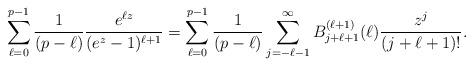
LaTeX: \begin{align*} \sum_{\ell=0}^{p-1} \frac{1}{(p-\ell)} \frac{e^{\ell z}}{(e^{z}-1)^{\ell+1}} = \sum_{\ell=0}^{p-1} \frac{1}{(p-\ell)} \sum_{j=-\ell - 1}^{\infty} B_{j+\ell+1}^{(\ell+1)}(\ell) \frac{z^{j}}{(j+\ell+1)!}. \end{align*}